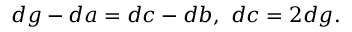
d g - d a = d c - d b , \ d c = 2 d g .